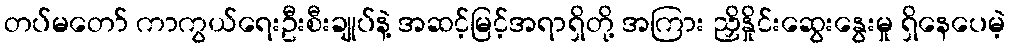
တပ်မတော် ကာကွယ်ရေးဦးစီးချုပ်နဲ့ အဆင့်မြင့်အရာရှိတို့ အကြား ညှိနှိုင်းဆွေးနွေးမှု ရှိနေပေမဲ့